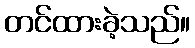
တင်ထားခဲ့သည်။